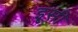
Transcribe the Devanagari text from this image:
इृसी